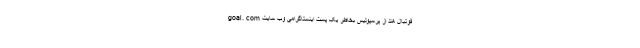
فوتبال هند از پرسپولیس بخاطر یک پست اینستاگرامی وب سایت goal. com